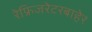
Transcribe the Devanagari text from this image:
रेफ्रिजरेटरबाहेर